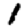
Digit: 1